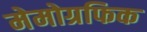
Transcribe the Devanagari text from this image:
मेमोग्रफिक